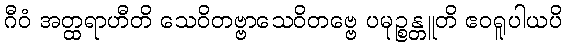
ဂီဝံ အတ္ထရာဟီတိ သေဝိတဗ္ဗာသေဝိတဗ္ဗေ ပမုဉ္စန္တူတိ ဧဝရူပါယပိ